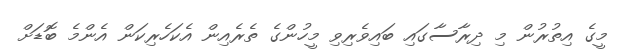
މީގެ އިތުރުން މި ދިރާސާގައި ބައިވެރިވި މީހުންގެ ތެރެއިން އެކަހެރިކަން އެންމެ ބޮޑަށް